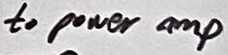
Text: to power amp